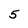
Character: 5